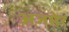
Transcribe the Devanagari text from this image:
अजमेर्